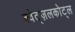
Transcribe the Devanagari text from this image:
क्वेट्ज़लकोट्ल